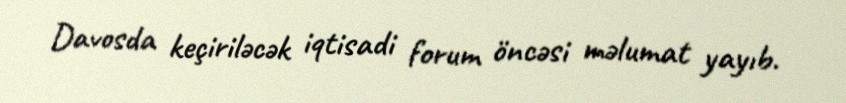
Davosda keçiriləcək iqtisadi forum öncəsi məlumat yayıb.